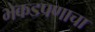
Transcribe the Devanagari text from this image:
भेकडपणाचा